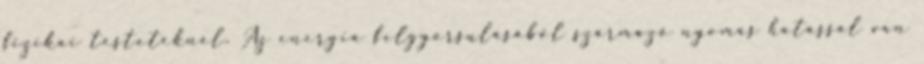
fizikai testeteknél. Az energia felgyorsulásából származó nyomás hatással van